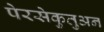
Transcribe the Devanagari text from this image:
पेरसेकुतुअन